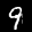
Label: 9